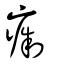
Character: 痸